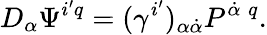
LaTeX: D_{\alpha}\Psi^{i^{\prime}q}=(\gamma^{i^{\prime}})_{\alpha\dot{\alpha}}P^{\dot{\alpha}\; q}.